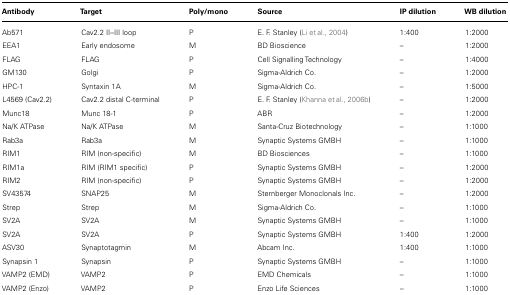
<table><thead><tr><td><b>Antibody</b></td><td><b>Target</b></td><td><b>Poly/mono</b></td><td><b>Source</b></td><td><b>IP dilution</b></td><td><b>WB dilution</b></td></tr></thead><tbody><tr><td>Ab571</td><td>Cav2.2 II–III loop</td><td>P</td><td>E. F. Stanley (Li et al., 2004)</td><td>1:400</td><td>1:2000</td></tr><tr><td>EEA1</td><td>Early endosome</td><td>M</td><td>BD Bioscience</td><td>–</td><td>1:2000</td></tr><tr><td>FLAG</td><td>FLAG</td><td>P</td><td>Cell Signalling Technology</td><td>–</td><td>1:4000</td></tr><tr><td>GM130</td><td>Golgi</td><td>P</td><td>Sigma-Aldrich Co.</td><td>–</td><td>1:2000</td></tr><tr><td>HPC-1</td><td>Syntaxin 1A</td><td>M</td><td>Sigma-Aldrich Co.</td><td>–</td><td>1:5000</td></tr><tr><td>L4569 (Cav2.2)</td><td>Cav2.2 distal C-terminal</td><td>P</td><td>E. F. Stanley (Khanna et al., 2006b)</td><td>–</td><td>1:2000</td></tr><tr><td>Munc18</td><td>Munc 18-1</td><td>P</td><td>ABR</td><td>–</td><td>1:2000</td></tr><tr><td>Na/K ATPase</td><td>Na/K ATPase</td><td>M</td><td>Santa-Cruz Biotechnology</td><td>–</td><td>1:1000</td></tr><tr><td>Rab3a</td><td>Rab3a</td><td>M</td><td>Synaptic Systems GMBH</td><td>–</td><td>1:1000</td></tr><tr><td>RIM1</td><td>RIM (non-specific)</td><td>M</td><td>BD Biosciences</td><td>–</td><td>1:1000</td></tr><tr><td>RIM1a</td><td>RIM (RIM1 specific)</td><td>P</td><td>Synaptic Systems GMBH</td><td>–</td><td>1:2000</td></tr><tr><td>RIM2</td><td>RIM (non-specific)</td><td>P</td><td>Synaptic Systems GMBH</td><td>–</td><td>1:2000</td></tr><tr><td>SV43574</td><td>SNAP25</td><td>M</td><td>Sternberger Monoclonals Inc.</td><td>–</td><td>1:2000</td></tr><tr><td>Strep</td><td>Strep</td><td>M</td><td>Sigma-Aldrich Co.</td><td>–</td><td>1:1000</td></tr><tr><td>SV2A</td><td>SV2A</td><td>M</td><td>Synaptic Systems GMBH</td><td>–</td><td>1:1000</td></tr><tr><td>SV2A</td><td>SV2A</td><td>P</td><td>Synaptic Systems GMBH</td><td>1:400</td><td>1:2000</td></tr><tr><td>ASV30</td><td>Synaptotagmin</td><td>M</td><td>Abcam Inc.</td><td>1:400</td><td>1:1000</td></tr><tr><td>Synapsin 1</td><td>Synapsin</td><td>P</td><td>Synaptic Systems GMBH</td><td>–</td><td>1:1000</td></tr><tr><td>VAMP2 (EMD)</td><td>VAMP2</td><td>P</td><td>EMD Chemicals</td><td>–</td><td>1:1000</td></tr><tr><td>VAMP2 (Enzo)</td><td>VAMP2</td><td>P</td><td>Enzo Life Sciences</td><td>–</td><td>1:1000</td></tr></tbody></table>